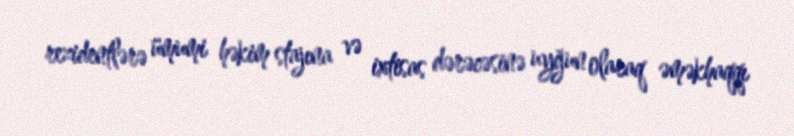
rezidentlərə ümumi həkim stajına və ixtisas dərəcəsinə uyğun olaraq əməkhaqqı